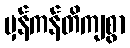
မှန်ကန်တိကျစွာ